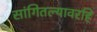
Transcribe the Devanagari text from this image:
सांगितल्यावरहि